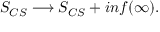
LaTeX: S _ { C S } \longrightarrow S _ { C S } + i n f ( \infty ) .